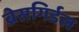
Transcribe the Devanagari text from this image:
ब्रेसगिर्डल